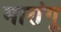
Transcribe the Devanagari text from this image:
मारांगू